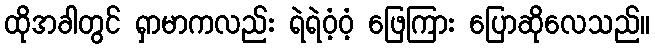
ထိုအခါတွင် ရှာမာကလည်း ရဲရဲဝံ့ဝံ့ ဖြေကြား ပြောဆိုလေသည်။